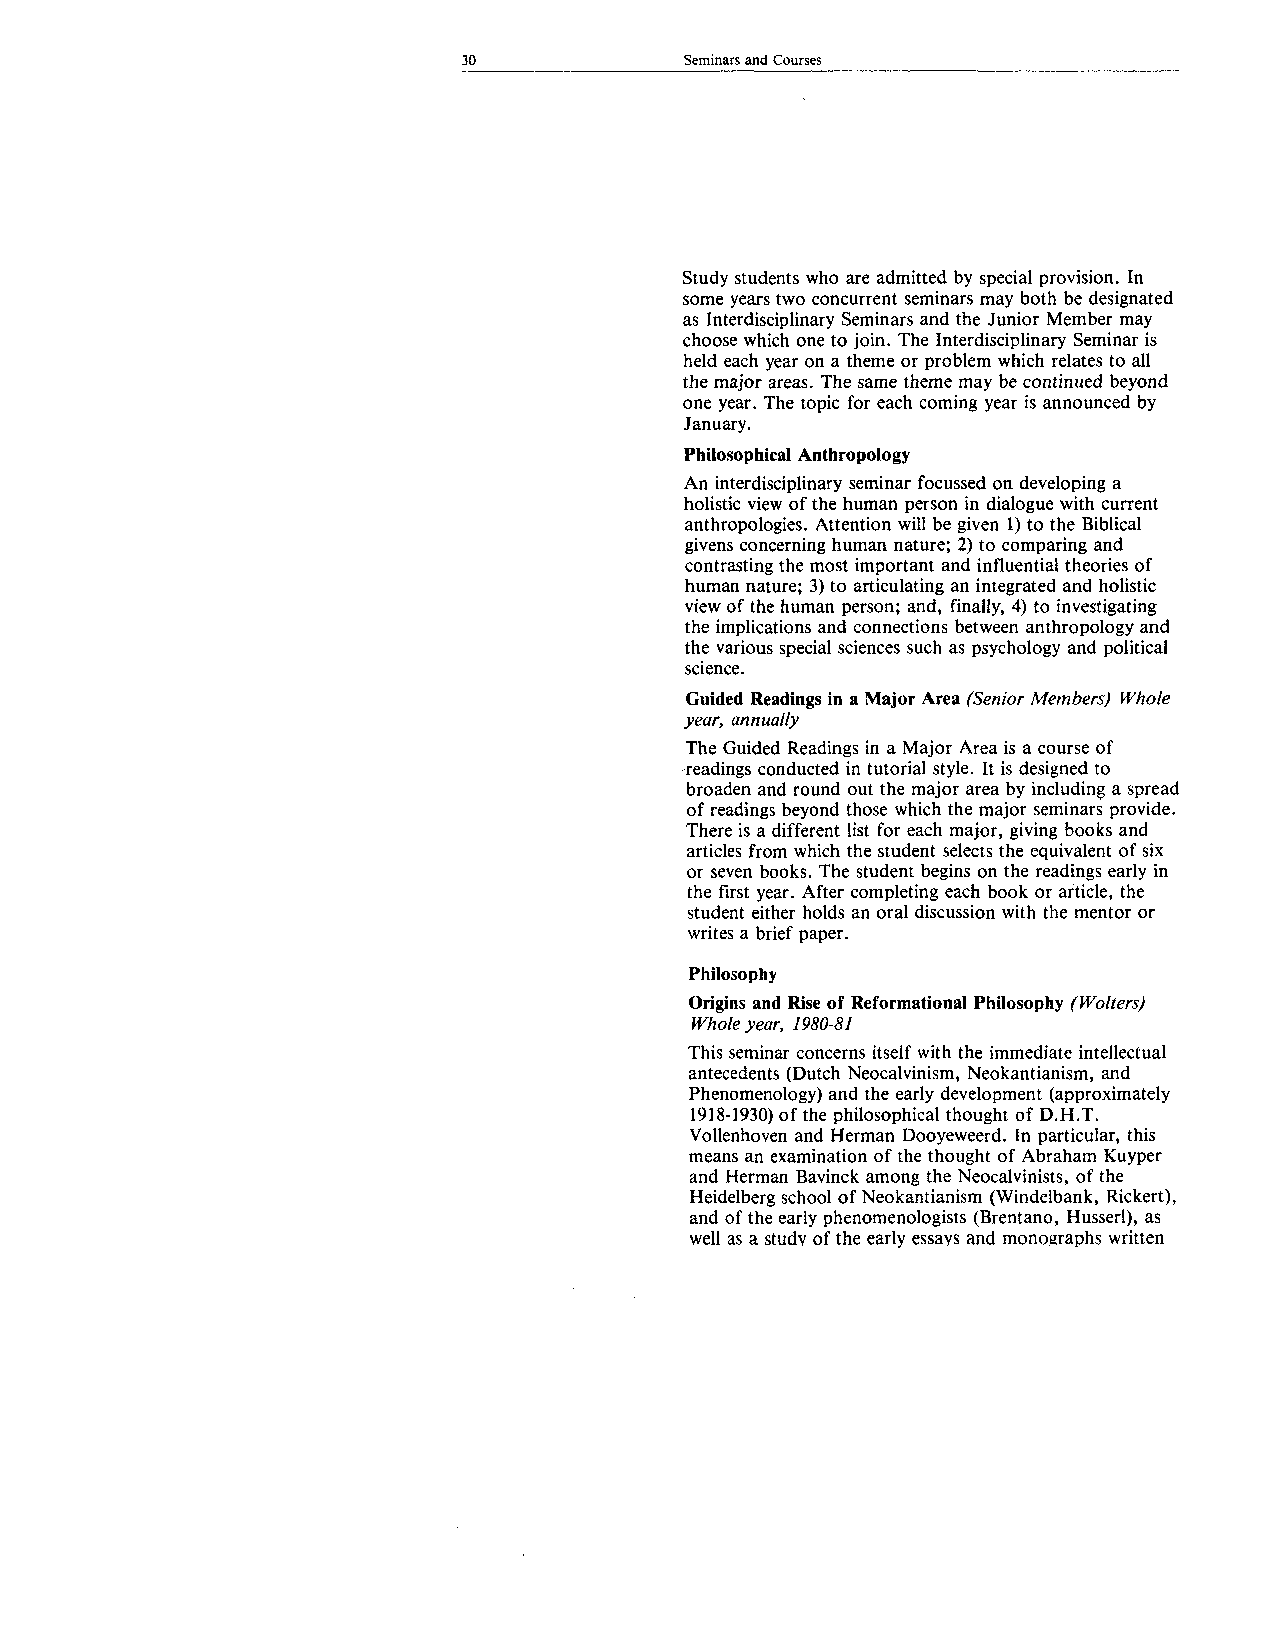
30            Seminars and Courses
 Study students who are admitted by special provision. In
 some years two concurrent seminars may both be designated
 as Interdisciplinary Seminars and the Junior Member may
 choose which one to join. The Interdisciplinary Seminar is
 held each year on a theme or problem which relates to all
 the major areas. The same theme may be continued beyond
 one year. The topic for each coming year is announced by
 January.
 Philosophical Anthropology
 An interdisciplinary seminar focussed on developing a
 holistic view of the human person in dialogue with current
 anthropologies. Attention will be given 1) to the Biblical
 givens concerning human nature; 2) to comparing and
 contrasting the most important and influential theories of
 human nature; 3) to articulating an integrated and holistic
 view of the human person; and, finally, 4) to investigating
 the implications and connections between anthropology and
 the various special sciences such as psychology and political
 science.
 Guided Readings in a Major Area (Senior Members) Whole
 year, annually
 The Guided Readings in a Major Area is a course of
 readings conducted in tutorial style. It is designed to
 broaden and round out the major area by including a spread
 of readings beyond those which the major seminars provide.
 There is a different list for each major, giving books and
 articles from which the student selects the equivalent of six
 or seven books. The student begins on the readings early in
 the first year. After completing each book or article, the
 student either holds an oral discussion with the mentor or
 writes a brief paper.
 Philosophy
 Origins and Rise of Reformational Philosophy (Wolters)
 Whole year, 1980-81
 This seminar concerns itself with the immediate intellectual
 antecedents (Dutch Neocalvinism, Neokandanism, and
 Phenomenology) and the early development (approximately
 1918-1930) of the philosophical thought of D.H.T.
 Vollenhoven and Herman Dooyeweerd. In particular, this
 means an examination of the thought of Abraham Kuyper
 and Herman Bavinck among the Neocalvinists, of the
 Heidelberg school of Neokantianism (Windelbank, Rickert),
 and of the early phenomenologists (Brentano, Husserl), as
 well as a study of the early essays and monographs written